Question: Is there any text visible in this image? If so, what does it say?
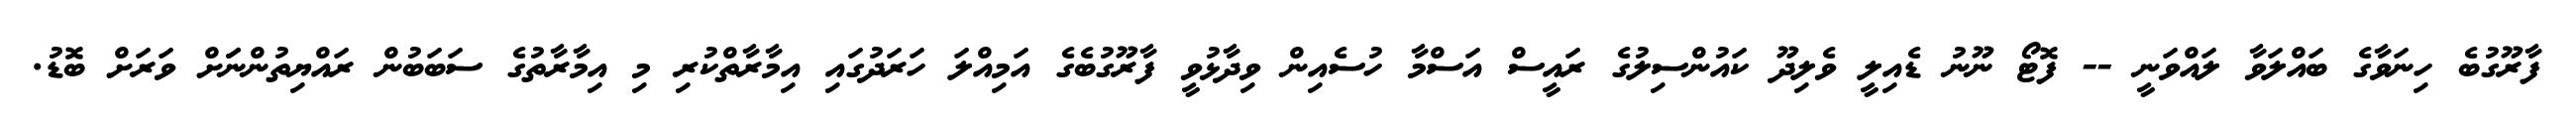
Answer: ފާރޫގުބެ ހިނަވާގެ ބައްލަވާ ލައްވަނީ -- ފޮޓޯ ނޫނު ޑެއިލީ ވެލިދޫ ކައުންސިލުގެ ރައީސް އަސްމާ ހުސެއިން ވިދާޅުވީ ފާރޫގުބެގެ އަމިއްލަ ހަރަދުގައި އިމާރާތްކުރި މި އިމާރާތުގެ ސަބަބުން ރައްޔިތުންނަަށް ވަރަށް ބޮޑު.